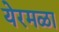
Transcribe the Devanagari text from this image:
येरमळा